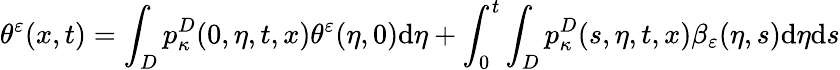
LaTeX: \theta^{\varepsilon}(x,t)=\int_{D}p_{\kappa}^{D}(0,\eta,t,x)\theta^{\varepsilon}(\eta,0)\mathrm{d}\eta+\int_{0}^{t}\int_{D}p_{\kappa}^{D}(s,\eta,t,x)\beta_{\varepsilon}(\eta,s)\mathrm{d}\eta\mathrm{d}s